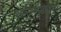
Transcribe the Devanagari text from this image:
शासनद्वारा